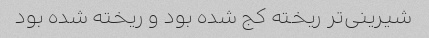
شیرینی‌تر ریخته کج شده بود و ریخته شده بود